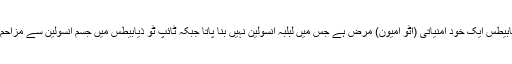
ٹائپ ون ذیابیطس ایک خود امنیاتی (آٹو اِمیون) مرض ہے جس میں لبلبہ انسولین نہیں بنا پاتا جبکہ ٹائپ ٹو ذیابیطس میں جسم انسولین سے مزاحم ہوجاتا ہے۔